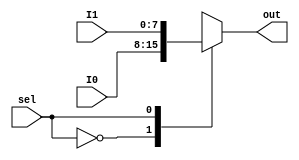
`timescale 1ns / 1ps

//////////////////////////////////////////////////////////////////////////////////
// Company: 
// Engineer: 
// 
// Design Name: 
// Module Name: sequential_gcd
// Project Name: 
// Target Devices: 
// Tool Versions: 
// Description: 
// 
// Dependencies: 
// 
// Revision:
// Revision 0.01 - File Created
// Additional Comments:
// 
//////////////////////////////////////////////////////////////////////////////////


// Assignment - 4
// Problem  - 3
// Semester Aut - 2020 
// Group - 53
// Name_1 : Hardik Aggarwal 
// Roll_1 : 18CS10021
// Name_2 : Sriyash Poddar
// Roll_2 : 18CS30040

module MUX ( //MUX to shift between values of B => B or A-B
    input [7:0]I0,
    input [7:0]I1,
    input sel,
    output reg[7:0]out
);
    always @(*)begin
        case (sel)
            0: out = I0;
            1: out = I1;
            default: out = 8'dx;
        endcase
    end 
endmodule

module MUX_ ( //MUX to shift between values of B => A or B or A-B
    input [7:0]I0,
    input [7:0]I1,
    input [7:0]I2,
    input [1:0]sel,
    output reg[7:0]out
);
    always @(*)begin
        case (sel)
            0: out = I0;
            1: out = I1;
            2: out = I2;
            default: out = 8'dx;
        endcase
    end 
endmodule


module LOAD ( // To load from the bus the given input A or B
    output reg[7:0]dout,
    input [7:0]din,
    input load, clk
);
    always @(posedge clk) begin
        if (load) dout <= din;
    end
endmodule

// module SUB(
//     output reg[7:0]out,
//     input [7:0]I0,
//     input [7:0]I1
// );
//     assign out = I0-I1;
// endmodule

module datapath (
    input clk,
    input [15:0]din,
    input ldA,ldB,
    input [1:0]selA,
    input selB,
    output eq,lt,
    output [7:0]dout
);
    wire [7:0]diff,A,B,tempA,tempB;

    MUX_ MUX_1 (.I0(din[7:0]),.I1(B),.I2(diff),.sel(selA),.out(tempA)); //Setting A
    LOAD A_ (.dout(A),.din(tempA),.load(ldA),.clk(clk)); //Loading A

    MUX MUX_2 (.I0(din[15:8]),.I1(A),.sel(selB),.out(tempB)); //Setting B
    LOAD B_ (.dout(B),.din(tempB),.load(ldB),.clk(clk)); //Loading B

    assign lt = (A<B); // COMP to check if subtraction should continue
    assign eq = (B=={8{1'b0}}); // COMP to check if we should swap

    assign diff = A-B; // temp var in the given algorithm
    assign dout = diff; //difference in the var
endmodule

module controller ( //Controller to simulate FSM
    input clk,reset,lt,eq,load_val,done,
    output reg ldA,ldB,selB,load_in,out_val,
    output reg [1:0]selA
);
    reg [2:0] state;
    parameter S0=0,S1=1,S2=2; //states

    always @(posedge clk or posedge reset) begin
        if(reset) begin
            state <= S0; //reset the state
        end
        else begin
           case (state)
                S0: if(load_val && load_in) state <=S1; //take input and move to S1
                S1: if(!lt && eq) state <= S2; //calculate gcd and done
                S2: if(done && out_val) state <= S0; //final absorbing state
                default: state <= S0;
            endcase 
        end
    end
    always @(*) begin
        case (state)
            S0: //taking input
            begin 
                load_in=1;
                out_val=0;
                selA=0;
                ldA=1;
                selB=0;
                ldB=1;
            end
            S1: if(lt)
                begin //swapping
                    load_in=0;
                    out_val=0;
                    selA=1;
                    ldA=1;
                    selB=1;
                    ldB=1;
                end
                else if(!eq)
                begin //subtracting
                    load_in=0;
                    out_val=0;
                    selA=2;
                    ldA=1;
                    selB=0;
                    ldB=0;
                end
            S2: //saving result
            begin 
                load_in=0;
                out_val=1;
                selA=2'dx;
                ldA=0;
                selB=1'dx;
                ldB=0;
            end
            default:
            begin 
                load_in=1'dx;
                out_val=1'dx;
                selA=2'dx;
                ldA=0;
                selB=1'dx;
                ldB=0;
            end
        endcase
    end
endmodule

module gcd (
    input clk,reset,load_val,done,
    output load_in,out_val,
    input [15:0]din,
    output [7:0]dout
);
    //Control elements of the circuit
    wire ldA,ldB,selB,lt,eq;
    wire [1:0]selA;
    //Initialising hardware
    controller cp
    (
        .clk(clk),
        .reset(reset),
        .load_val(load_val),
        .load_in(load_in),
        .out_val(out_val),
        .done(done),
        .ldA(ldA),
        .ldB(ldB),
        .selA(selA),
        .selB(selB),
        .eq(eq),
        .lt(lt)
    );
  
    datapath dp
    (
        .clk(clk),
        .din(din),
        .dout(dout),
        .ldA(ldA),
        .ldB(ldB),
        .selA(selA),
        .selB(selB),
        .eq(eq),
        .lt(lt)
    );
    
endmodule